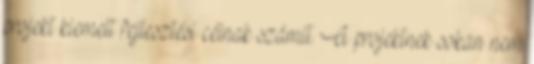
projekt kiemelt fejlesztési célnak számít. A projektnek sokan nem